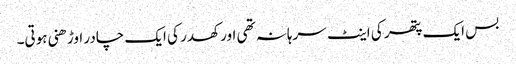
بس ایک پتھر کی اینٹ سرہانہ تھی اور کھدر کی ایک چادر اوڑھنی ہوتی۔